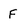
Character: F